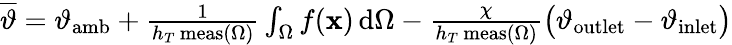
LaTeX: \begin{array}{r}{\overline{{\vartheta}}=\vartheta_{\mathrm{amb}}+\frac{1}{h_{T}\, \mathrm{meas}(\Omega)}\int_{\Omega}f(\mathbf{x})\, \mathrm{d}\Omega-\frac{\chi}{h_{T}\, \mathrm{meas}(\Omega)}\big(\vartheta_{\mathrm{outlet}}-\vartheta_{\mathrm{inlet}}\big)}\end{array}